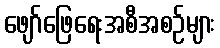
ဖျော်ဖြေရေးအစီအစဉ်များ